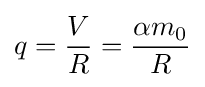
q={\frac {V}{R}}={\frac {\alpha m_{0}}{R}}